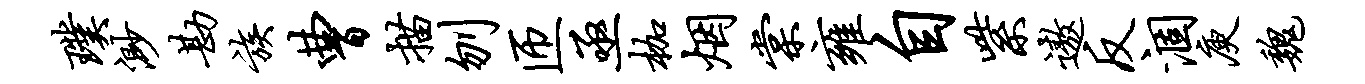
璞渺勘族曹描刎匝亟枷烟棠雍自紫遨反涸庾魏